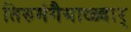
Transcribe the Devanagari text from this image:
तिरुमंगैयाळ्वार्